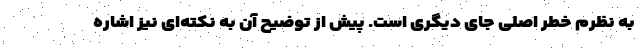
به نظرم خطر اصلی جای دیگری است. پیش از توضیح آن به نکته‌ای نیز اشاره